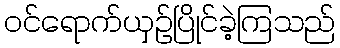
ဝင်ရောက်ယှဉ်ပြိုင်ခဲ့ကြသည်